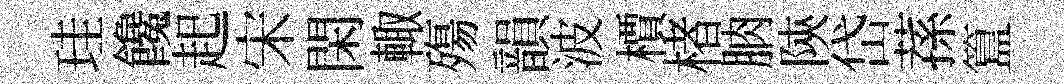
珪饞起宋閑輙殤韻波檟楮朒陝岱蓀簋